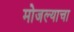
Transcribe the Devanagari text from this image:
मोजल्याचा